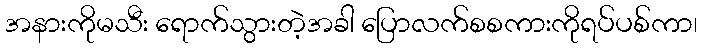
အနားကိုမသီး ရောက်သွားတဲ့အခါ ပြောလက်စစကားကိုရပ်ပစ်ကာ၊